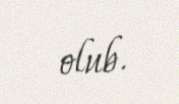
olub.